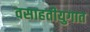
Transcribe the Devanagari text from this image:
वसाहतीयुगात